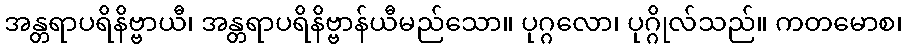
အန္တရာပရိနိဗ္ဗာယီ၊ အန္တရာပရိနိဗ္ဗာန်ယီမည်သော။ ပုဂ္ဂလော၊ ပုဂ္ဂိုလ်သည်။ ကတမောစ၊